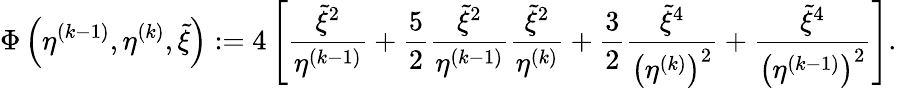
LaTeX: \Phi\left(\eta^{(k-1)},\eta^{(k)},\tilde{\xi}\right):=4\left[\frac{\tilde{\xi}^{2}}{\eta^{(k-1)}}+\frac{5}{2}\frac{\tilde{\xi}^{2}}{\eta^{(k-1)}}\frac{\tilde{\xi}^{2}}{\eta^{(k)}}+\frac{3}{2}\frac{\tilde{\xi}^{4}}{\left(\eta^{(k)}\right)^{2}}+\frac{\tilde{\xi}^{4}}{\left(\eta^{(k-1)}\right)^{2}}\right].